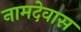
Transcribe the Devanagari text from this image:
नामदेवास